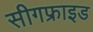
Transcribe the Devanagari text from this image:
सीगफ्राइड